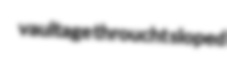
vaultage throucht sloped